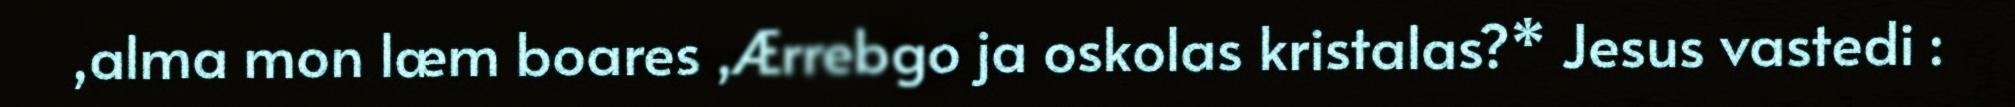
,alma mon læm boares ,Ærrebgo ja oskolas kristalas?* Jesus vastedi :